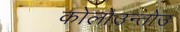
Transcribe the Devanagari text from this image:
कोलोउन्तोउ